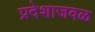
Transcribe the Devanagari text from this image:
प्रदेशाजवळ